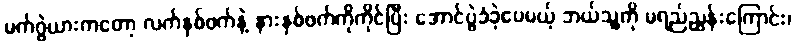
မက်ဂွဲယားကတော့ လက်နှစ်ဖက်နဲ့ နားနှစ်ဖက်ကိုကိုင်ပြီး အောင်ပွဲခံခဲ့ပေမယ့် ဘယ်သူ့ကို မရည်ညွှန်းကြောင်း၊